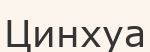
Цинхуа